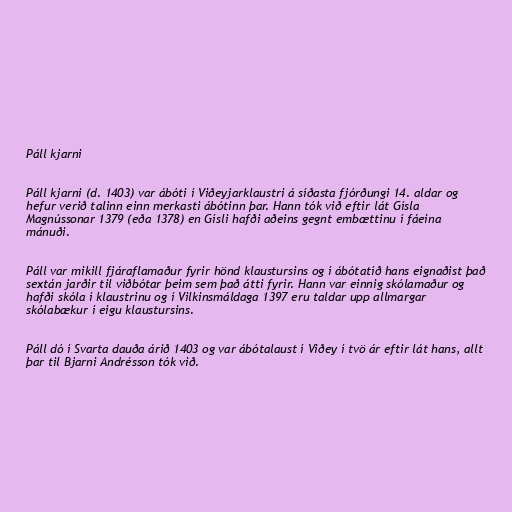
Páll kjarni

Páll kjarni (d. 1403) var ábóti í Viðeyjarklaustri á síðasta fjórðungi 14. aldar og
hefur verið talinn einn merkasti ábótinn þar. Hann tók við eftir lát Gísla
Magnússonar 1379 (eða 1378) en Gísli hafði aðeins gegnt embættinu í fáeina
mánuði.

Páll var mikill fjáraflamaður fyrir hönd klaustursins og í ábótatíð hans eignaðist það
sextán jarðir til viðbótar þeim sem það átti fyrir. Hann var einnig skólamaður og
hafði skóla í klaustrinu og í Vilkinsmáldaga 1397 eru taldar upp allmargar
skólabækur í eigu klaustursins.

Páll dó í Svarta dauða árið 1403 og var ábótalaust í Viðey í tvö ár eftir lát hans, allt
þar til Bjarni Andrésson tók við.